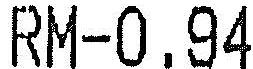
RM-0.94